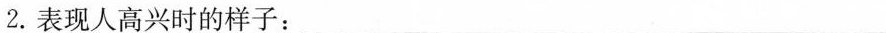
2.表现人高兴时的样子：___